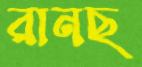
রানছ